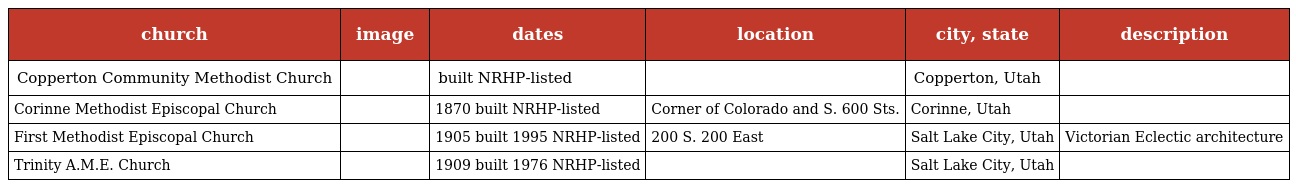
| church | image | dates | location | city, state | description |
 | --- | --- | --- | --- | --- | --- |
 | Copperton Community Methodist Church |  | built NRHP-listed |  | Copperton, Utah |  |
 | Corinne Methodist Episcopal Church |  | 1870 built NRHP-listed | Corner of Colorado and S. 600 Sts. | Corinne, Utah |  |
 | First Methodist Episcopal Church |  | 1905 built 1995 NRHP-listed | 200 S. 200 East | Salt Lake City, Utah | Victorian Eclectic architecture |
 | Trinity A.M.E. Church |  | 1909 built 1976 NRHP-listed |  | Salt Lake City, Utah |  |